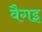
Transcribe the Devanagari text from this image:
वैगइ